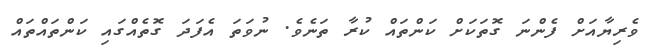
ވެރިޔާއަށް ފެންނަ ގޮތަކަށް ކަންތައް ކުރާ ތަނެވެ. ނުވަތަ އެފަދަ ގޮތެއްގައި ކަންތައްތައް